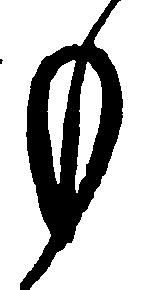
も